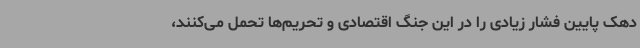
دهک پایین فشار زیادی را در این جنگ اقتصادی و تحریم‌ها تحمل می‌کنند،